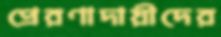
প্রেরণাদায়ীদের